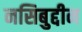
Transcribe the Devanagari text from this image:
नसिबुद्दीन